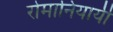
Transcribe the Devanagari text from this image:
रोमानियायी